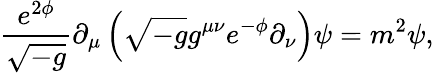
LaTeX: \frac{e^{2\phi}}{\sqrt{-g}}\partial_{\mu}\left(\sqrt{-g}g^{\mu\nu}e^{-\phi}\partial_{\nu}\right)\psi=m^{2}\psi,